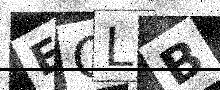
Text: EOLB